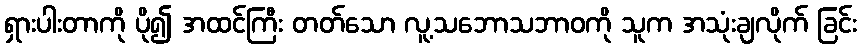
ရှားပါးတာကို ပို၍ အထင်ကြီး တတ်သော လူ့သဘောသဘာဝကို သူက အသုံးချလိုက် ခြင်း